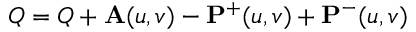
Q = Q + \mathbf { A } ( u , v ) - \mathbf { P } ^ { + } ( u , v ) + \mathbf { P } ^ { - } ( u , v )